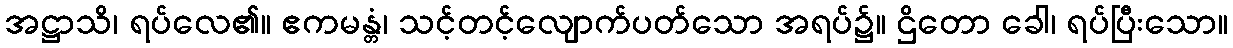
အဋ္ဌာသိ၊ ရပ်လေ၏။ ဧကမန္တံ၊ သင့်တင့်လျောက်ပတ်သော အရပ်၌။ ဌိတော ခေါ၊ ရပ်ပြီးသော။